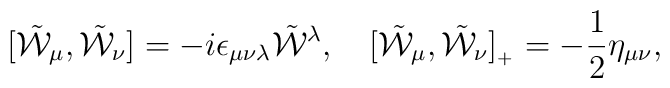
[\tilde{\cal W}_\mu,\tilde{\cal W}_\nu]=-i\epsilon_{\mu\nu\lambda}\tilde{\cal W}{}^\lambda,\quad[\tilde{\cal W}_\mu,\tilde{\cal W}_\nu]_{{}_+}=-\frac{1}{2}\eta_{\mu\nu},